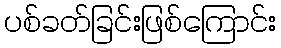
ပစ်ခတ်ခြင်းဖြစ်ကြောင်း